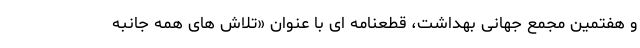
و هفتمین مجمع جهانی بهداشت، قطعنامه ای با عنوان «تلاش های همه جانبه